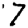
Digit: 7